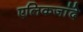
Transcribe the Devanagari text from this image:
एलिकजांदे